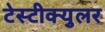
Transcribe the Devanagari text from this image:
टेस्टीक्युलर